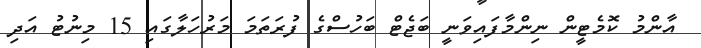
އާންމު ކޮމެޓީން ނިންމާފައިވަނީ ބަޖެޓް ބަހުސްގެ ފުރަތަމަ މަރުހަލާގައި 15 މިނުޓު އަދި